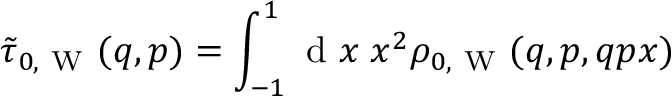
\tilde { \tau } _ { 0 , \mathrm { ~ W ~ } } ( q , p ) = \int _ { - 1 } ^ { 1 } \ensuremath { \mathrm { ~ d ~ } } x \; x ^ { 2 } \rho _ { 0 , \mathrm { ~ W ~ } } ( q , p , q p x )